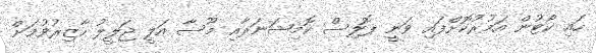
ހައި ކޯޓުން އަމުރުކޮށްފައި ވަނީ ޕޮލިސް ކޮމިޝަނަރާއި މޫސާ އަލީ ޖަލީލު ހާޒިރުވުމަށް